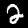
Digit: 2